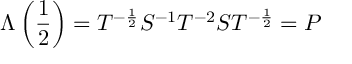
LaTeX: \Lambda \left( \frac { 1 } { 2 } \right) = T ^ { - \frac { 1 } { 2 } } S ^ { - 1 } T ^ { - 2 } S T ^ { - \frac { 1 } { 2 } } = P